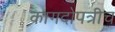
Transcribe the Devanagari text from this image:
कागदोपत्रीच